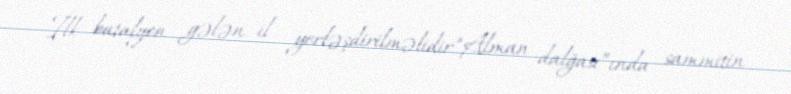
İlk batalyon gələn il yerləşdirilməlidir.“Alman dalğası”ında sammitin